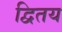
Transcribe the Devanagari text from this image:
द्वितय